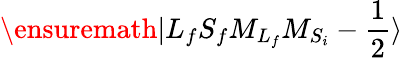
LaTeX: \ensuremath{\vert{L}_{f}{S}_{f}{M}_{{L}_{f}}{M}_{{S}_{i}}-\frac{1}{2}\rangle}